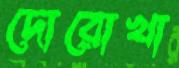
দোরোখা